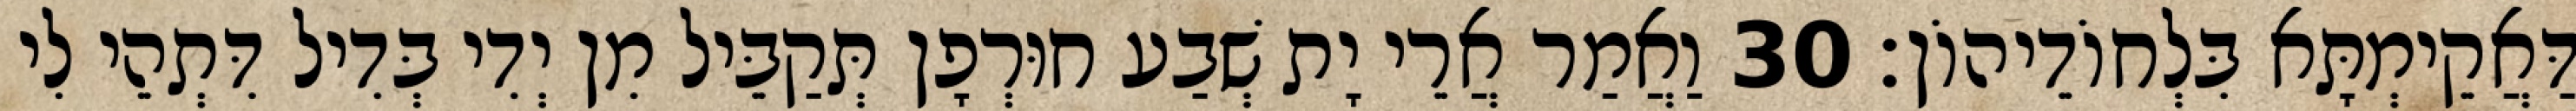
דַּאֲקֵימְתָּא בִּלְחוֹדֵיהוֹן׃ 30 וַאֲמַר אֲרֵי יָת שְׁבַע חוּרְפָן תְּקַבֵּיל מִן יְדִי בְּדִיל דִּתְהֵי לִי